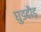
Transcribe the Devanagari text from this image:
घुडदौड़